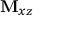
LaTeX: \mathbf { M } _ { x z }